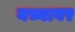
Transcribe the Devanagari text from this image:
यच्यावर